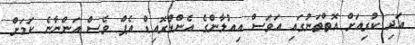
އަދި ކުރިއަށް އޮތްތަނުގައި އަވަސް އިއުލާންގެ އެންޑްރޮއިޑް އެޕް ވެސް އަންނާނެ ކަމަށް